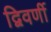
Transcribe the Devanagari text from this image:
द्विवर्णी